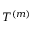
T ^ { ( m ) }